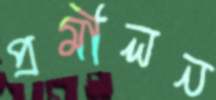
প্রমীলন